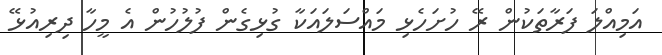
އަމިއްލަ ފަރާތަކުން ރޭ ހުށަހެޅި މައްސަލައަކާ ގުޅިގެން ފުލުހުން އެ މީހާ ދިރިއުޅޭ